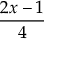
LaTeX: \frac { 2 x - 1 } { 4 }